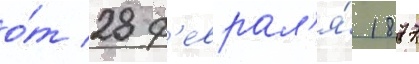
о́т 28 ф'еврал'я́ 1877